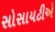
સોસાયટીએ